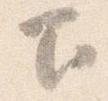
下